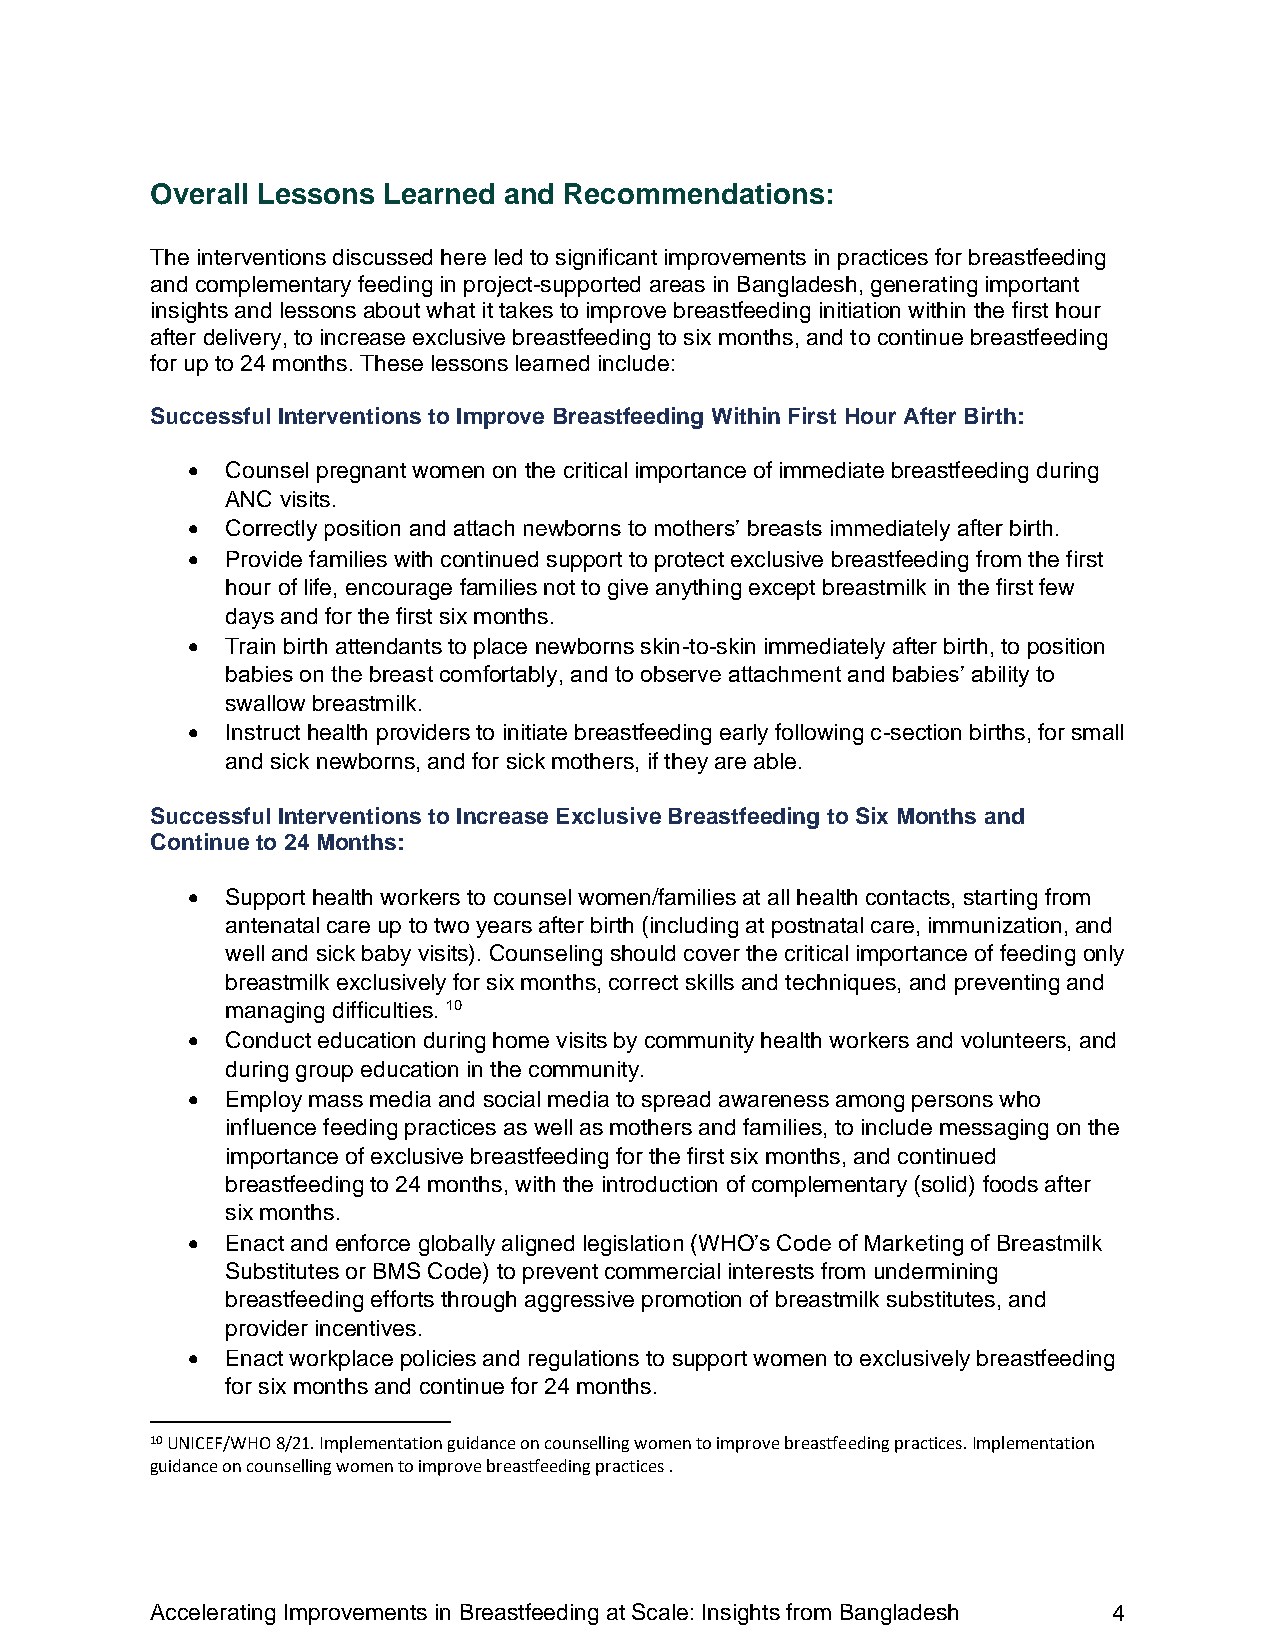
Overall Lessons Learned and Recommendations:
 The interventions discussed here led to significant improvements in practices for breastfeeding
 and complementary feeding in project-supported areas in Bangladesh, generating important
 insights and lessons about what it takes to improve breastfeeding initiation within the first hour
 after delivery, to increase exclusive breastfeeding to six months, and to continue breastfeeding
 for up to 24 months. These lessons learned include:
 Successful Interventions to Improve Breastfeeding Within First Hour After Birth:
 •  Counsel pregnant women on the critical importance of immediate breastfeeding during
 ANC visits.
 •  Correctly position and attach newborns to mothers’ breasts immediately after birth.
 •  Provide families with continued support to protect exclusive breastfeeding from the first
 hour of life, encourage families not to give anything except breastmilk in the first few
 days and for the first six months.
 •  Train birth attendants to place newborns skin-to-skin immediately after birth, to position
 babies on the breast comfortably, and to observe attachment and babies’ ability to
 swallow breastmilk.
 •  Instruct health providers to initiate breastfeeding early following c-section births, for small
 and sick newborns, and for sick mothers, if they are able.
 Successful Interventions to Increase Exclusive Breastfeeding to Six Months and
 Continue to 24 Months:
 •  Support health workers to counsel women/families at all health contacts, starting from
 antenatal care up to two years after birth (including at postnatal care, immunization, and
 well and sick baby visits). Counseling should cover the critical importance of feeding only
 breastmilk exclusively for six months, correct skills and techniques, and preventing and
 managing difficulties. 10
 •  Conduct education during home visits by community health workers and volunteers, and
 during group education in the community.
 •  Employ mass media and social media to spread awareness among persons who
 influence feeding practices as well as mothers and families, to include messaging on the
 importance of exclusive breastfeeding for the first six months, and continued
 breastfeeding to 24 months, with the introduction of complementary (solid) foods after
 six months.
 •  Enact and enforce globally aligned legislation (WHO’s Code of Marketing of Breastmilk
 Substitutes or BMS Code) to prevent commercial interests from undermining
 breastfeeding efforts through aggressive promotion of breastmilk substitutes, and
 provider incentives.
 •  Enact workplace policies and regulations to support women to exclusively breastfeeding
 for six months and continue for 24 months.
 10 UNICEF/WHO 8/21. Implementation guidance on counselling women to improve breastfeeding practices. Implementation
 guidance on counselling women to improve breastfeeding practices .
 Accelerating Improvements in Breastfeeding at Scale: Insights from Bangladesh 4